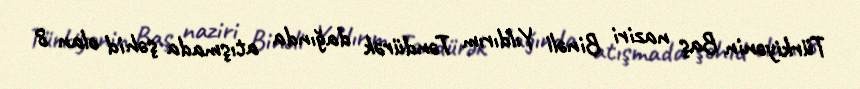
Türkiyənin Baş naziri Binəli Yıldırım Təndürək dağında atışmada şəhid olan 8